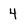
Character: 4